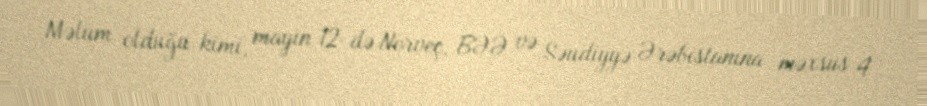
Məlum olduğu kimi, mayın 12-də Norveç, BƏƏ və Səudiyyə Ərəbistanına məxsus 4